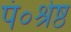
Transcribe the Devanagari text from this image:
पं०श्रेष्ठ